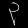
Digit: ၃